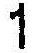
1